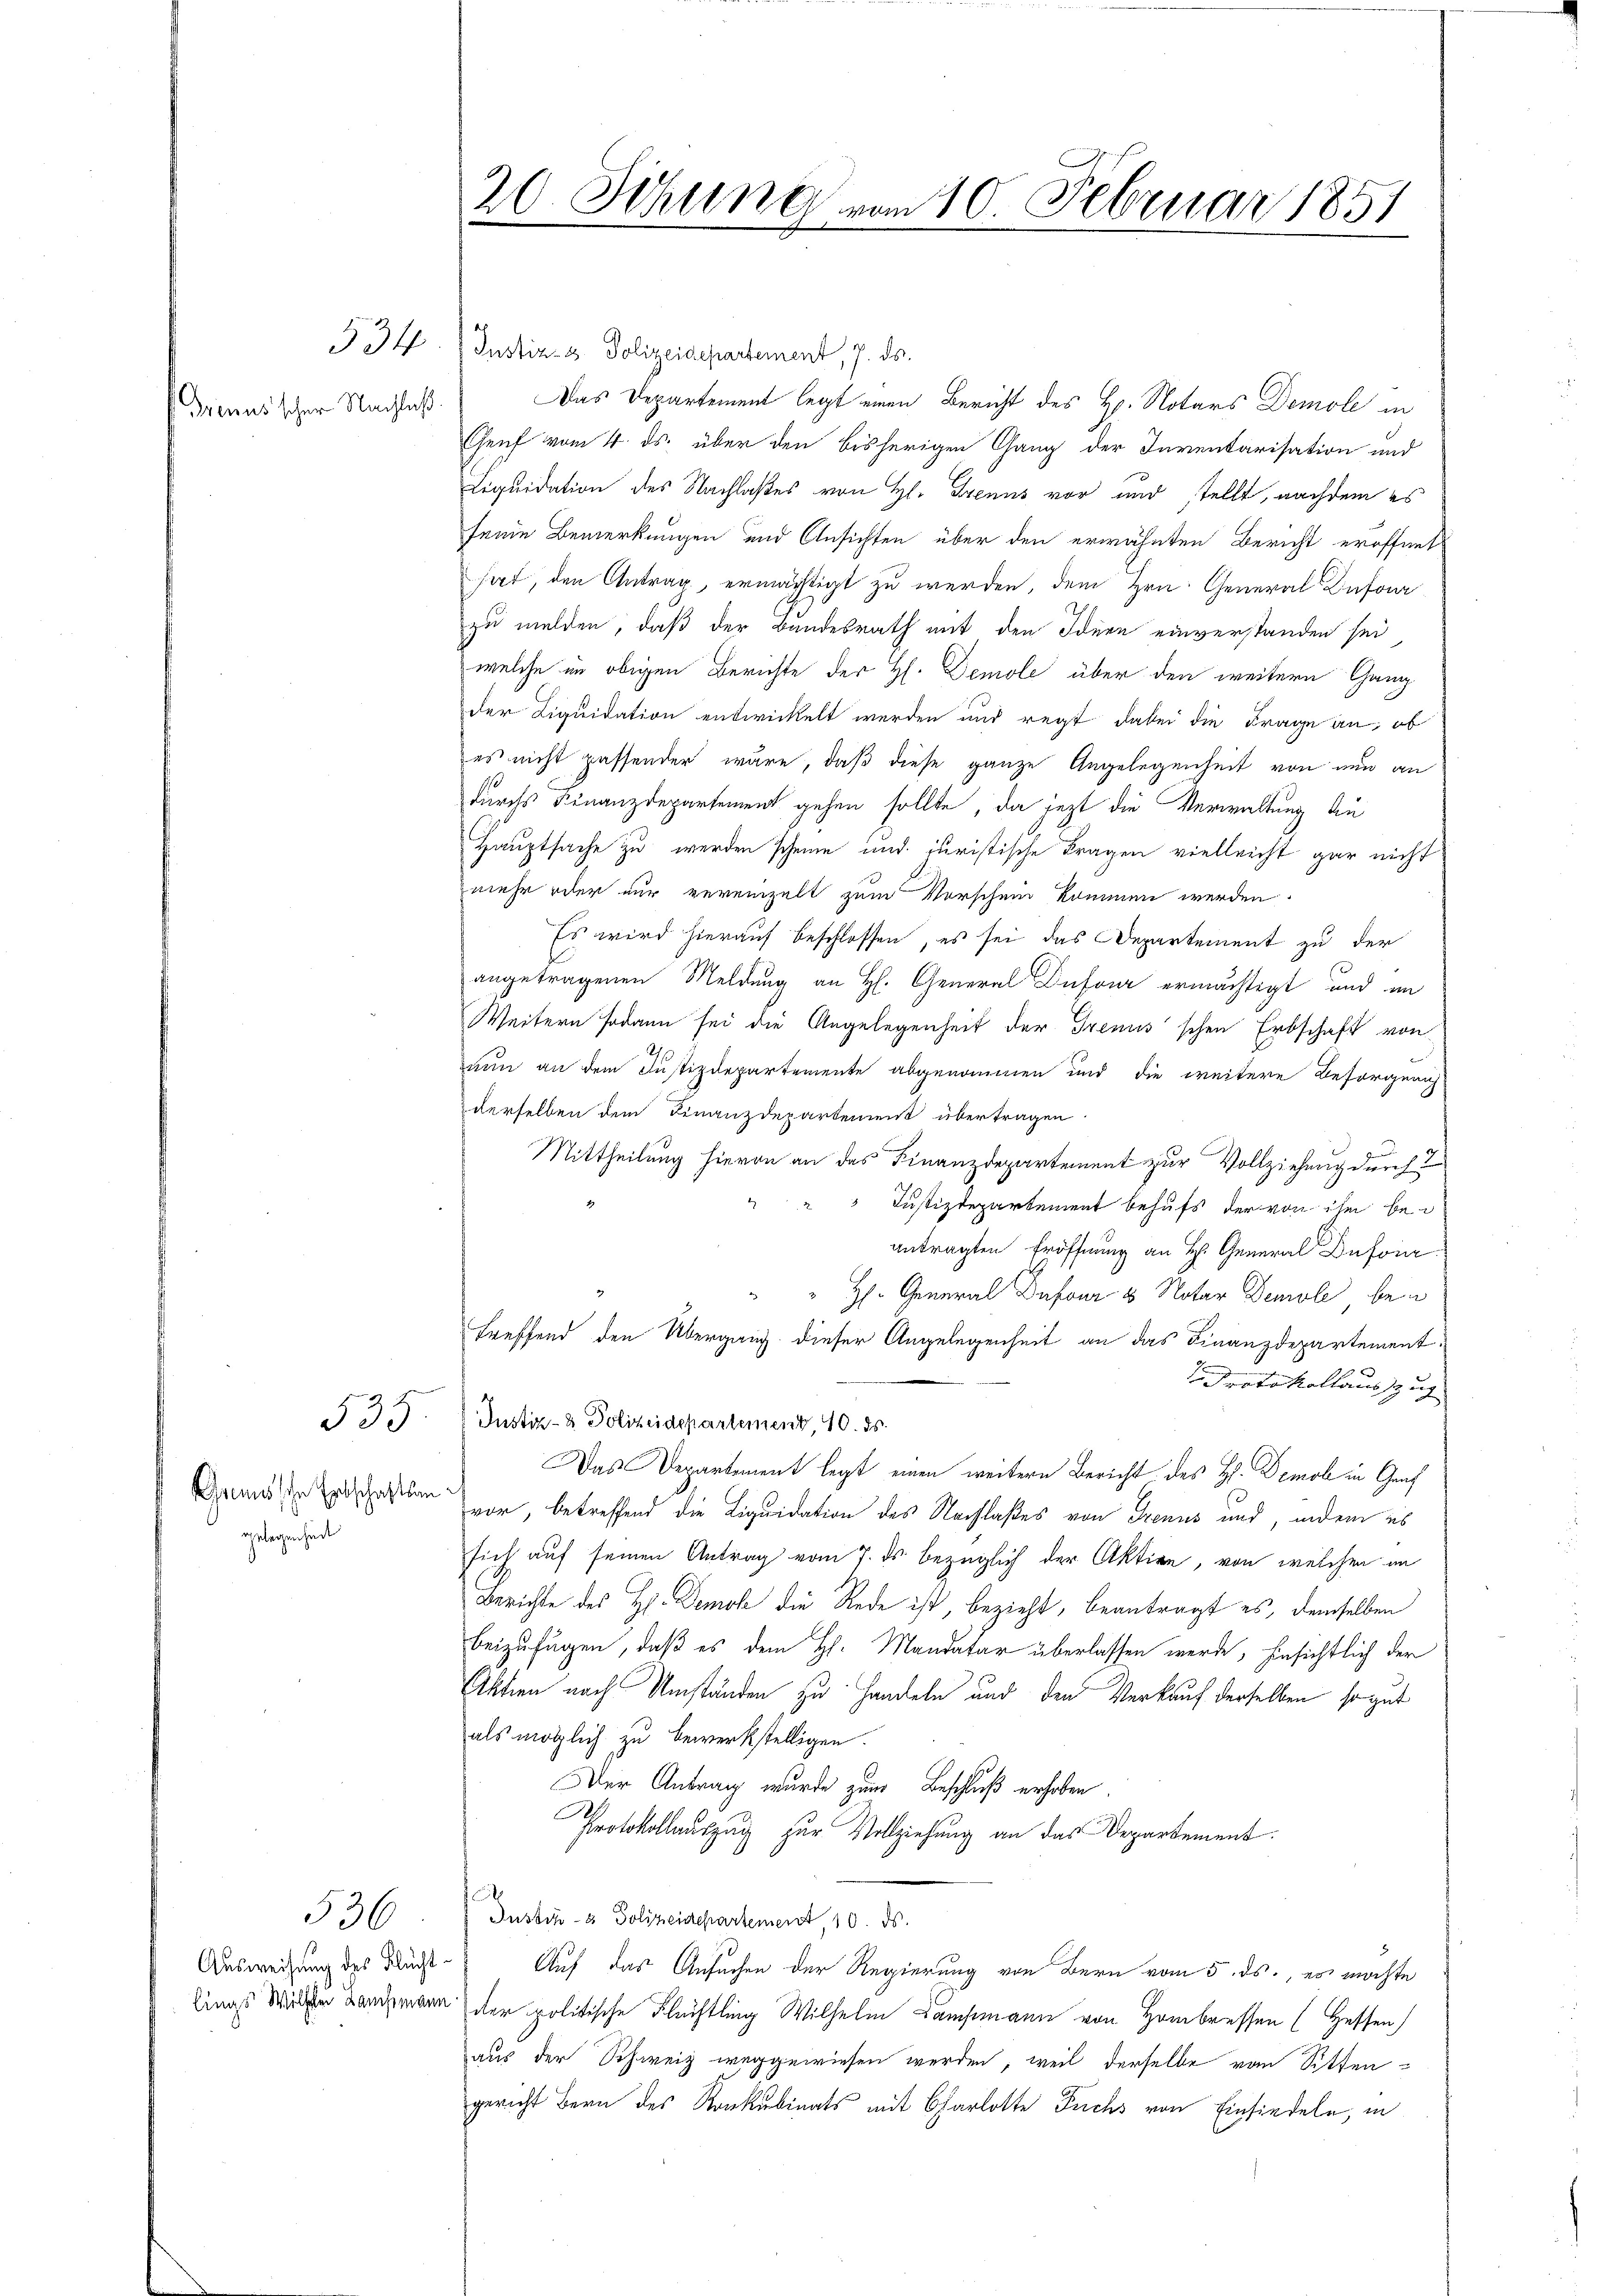
Grinus'scher Nachlaß

534

Gemische Entschaftsan
gelegenheit

535

Ausweisung des Flucht
lings Willer Lanchmann

536

20 Sitzung vom 10. Februar 1851
d

Justiz- & Polizeidepartement, 7. ds.
Das Departement legt einen Bericht des H. Notars Demole in
Genf vom 4. ds. über den bisherigen Gang der Inventarisation und
Liquidation des Nachlaßes von H. Trenns vor und tellt, nachdem es
seine Bemerkungen und Ansichten über den erwähnten Bericht eröffnet
hat, den Antrag, ermächtigt zu werden, dem Hrn. General Infor
zu melden, daß der Bundesrath mit den Ideen einverstanden sei
welche im obigen Berichte der H. Demole über den weitern Gang
der Liquidation entwickelt werden und regt dabei die Frage an, ob
es nicht passender wäre, daß diese ganze Angelegenheit von nun an
durchs Finanzdepartement gehen sollte, da jetzt die Verwaltung au
Hauptsache zu werden scheine und juristische Fragen vielleicht gar nicht
mehr oder nur vereinzelt zum Vorschein kommen werden.
Es wird hierauf beschlossen, es sei das Departement zu der
angetragenen Meldung an H. General Dufour ermächtigt und an
Weitern sodann sei die Angelegenheit der Trennischen Erbschaft von
nun an dem Justizdepartemente abgenommen und die weitere Besorgerich
derselben dem Finanzdepartement übertragen.
3
Mittheilung hievon an das Finanzdepartement zur Vollziehung durch
Justizdepartement behufs der von ihm bei
antragten Eröffnung an H. General Dufor¬
H. General Dufour 8 Notar Demole bei
treffend den Übergang dieser Angelegenheit an das Finanzdepartement
Protokollauszug
Justiz- & Polizeidepartement, 10. ds.
Das Departement legt einen weitern Bericht des H. Demol in Graf
vor, betreffend die Liquidation des Nachlaßes von Trenns und, indem es
sich auf seinen Antrag vom 7. ds. bezüglich der Aktion, von welchen an
Berichte des H. Demok die Rede ist bezieht, beantragt es, demselben
beizufügen, daß es dem H. Mandatar überlassen werde, hinsichtlich der
Aktien nach Umständen zu Handeln und den Verkauf derselben so gut
als möglich zu bewerkstelligen.
Der Antrag wurde zum Beschluß erhoben.
Protokollauszug zur Vollziehung an das Departement:
Iustiz- & Polizeidepartement, 10. ds.
Auf das Ansuchen der Regierung von Bern vom 5. ds., es möchte
der politische Flüchtling Wilhelm Lamptmann von Hombressen (Heffen)
aus der Schweiz weggewiesen werden, weil derselbe von Sittengericht Bern des Konkubinats mit Charlotte Fuchs von Einsiedeln, in